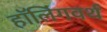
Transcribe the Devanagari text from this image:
हॉलिंगवर्थ